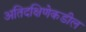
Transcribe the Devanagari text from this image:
अतिदक्षिणेकडील